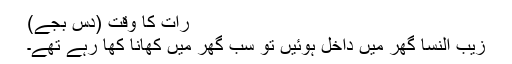
رات کا وقت (دس بجے)
زیب النسا گھر میں داخل ہوئیں تو سب گھر میں کھانا کھا رہے تھے۔